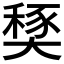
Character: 𡙾